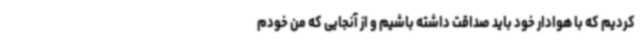
کردیم که با هوادار خود باید صداقت داشته باشیم و از آنجایی که من خودم